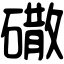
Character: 䃟